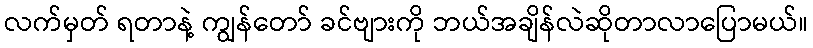
လက်မှတ် ရတာနဲ့ ကျွန်တော် ခင်ဗျားကို ဘယ်အချိန်လဲဆိုတာလာပြောမယ်။